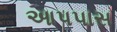
આપપાસ